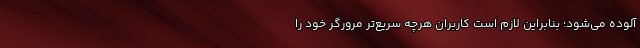
آلوده می‌شود؛ بنابراین لازم است کاربران هرچه سریع‌تر مرورگر خود را